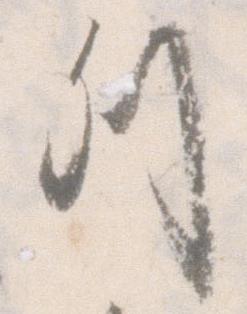
列